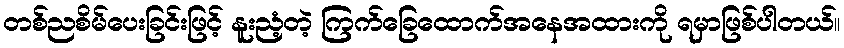
တစ်ညစိမ်ပေးခြင်းဖြင့် နူးညံ့တဲ့ ကြက်ခြေထောက်အနေအထားကို ရမှာဖြစ်ပါတယ်။